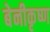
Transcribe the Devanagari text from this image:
बेनीकृष्ण